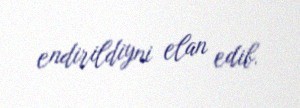
endirildiyni elan edib.